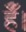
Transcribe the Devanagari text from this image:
हैैँँ।